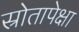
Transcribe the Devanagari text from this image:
स्रोतापेक्षा